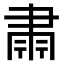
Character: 𮌄